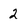
Character: 2